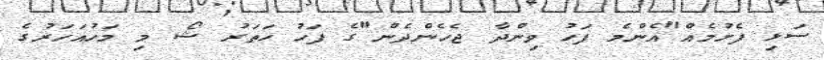
ސަޅި ފެށުމެއް"އެންމެ ފަހު ވިންދާ ޖެހެންދެން"ގެ ފަހު ހަތަރު ޝޯ މި މަހުއަހަރުގެ